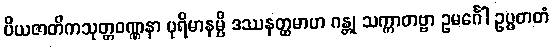
ပိယဇာတိကသုတ္တဝဏ္ဏနာ ပုရိမာနမ္ပိ ဒဿနတ္ထမာဟ ဂန္တု သက္ကာတဗ္ဗာ ဥမင်္ဂေါ ဥပ္ပတတံ